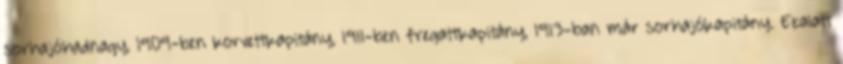
sorhajóhadnagy, 1909-ben korvettkapitány, 1911-ben fregattkapitány, 1913-ban már sorhajókapitány. Ezalatt